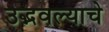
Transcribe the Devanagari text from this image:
उद्भवल्याचे